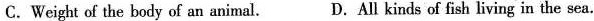
C.Weight of the body of an animal. D.All kinds of fish living in the sea.